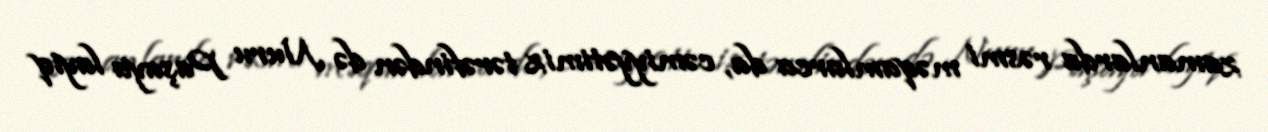
zamanlarda rəsmi məqamlarca da, cəmiyyətimiz tərəfindən də Nuru Paşaya layiq